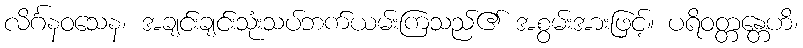
လိင်္ဂနဝသေန၊ အချင်းချင်းသုံးသပ်ဘက်ယမ်းကြသည်၏ အစွမ်းအားဖြင့်။ ပရိဝတ္တန္တေဟိ၊